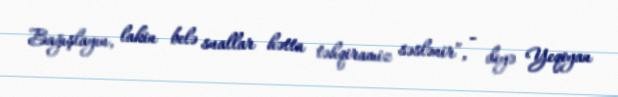
Bağışlayın, lakin belə suallar hətta təhqiramiz səslənir”, - deyə Yeqoyan